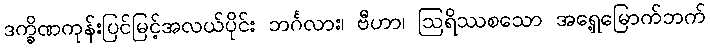
ဒက္ခိဏကုန်းပြင်မြင့်အလယ်ပိုင်း ဘင်္ဂလား၊ ဗီဟာ၊ ဩရိဿစသော အရှေ့မြောက်ဘက်